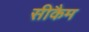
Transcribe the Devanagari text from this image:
सीकैम